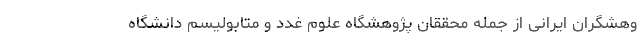
وهشگران ایرانی از جمله محققان پژوهشگاه علوم غدد و متابولیسم دانشگاه